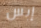
إبس